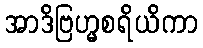
အာဒိဗြဟ္မစရိယိကာ